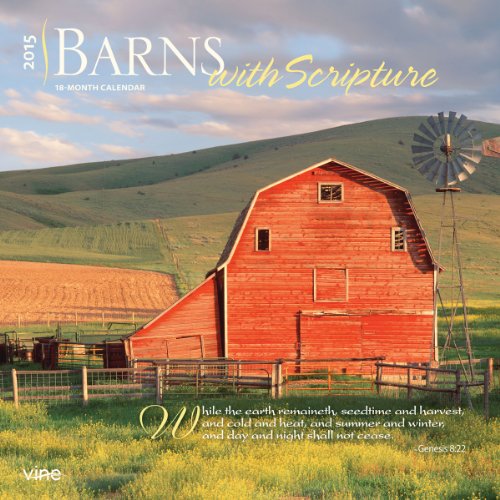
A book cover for Barns with Scripture 2015 Square 12x12 Vine Publications; BrownTrout; Calendars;